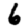
Digit: 6